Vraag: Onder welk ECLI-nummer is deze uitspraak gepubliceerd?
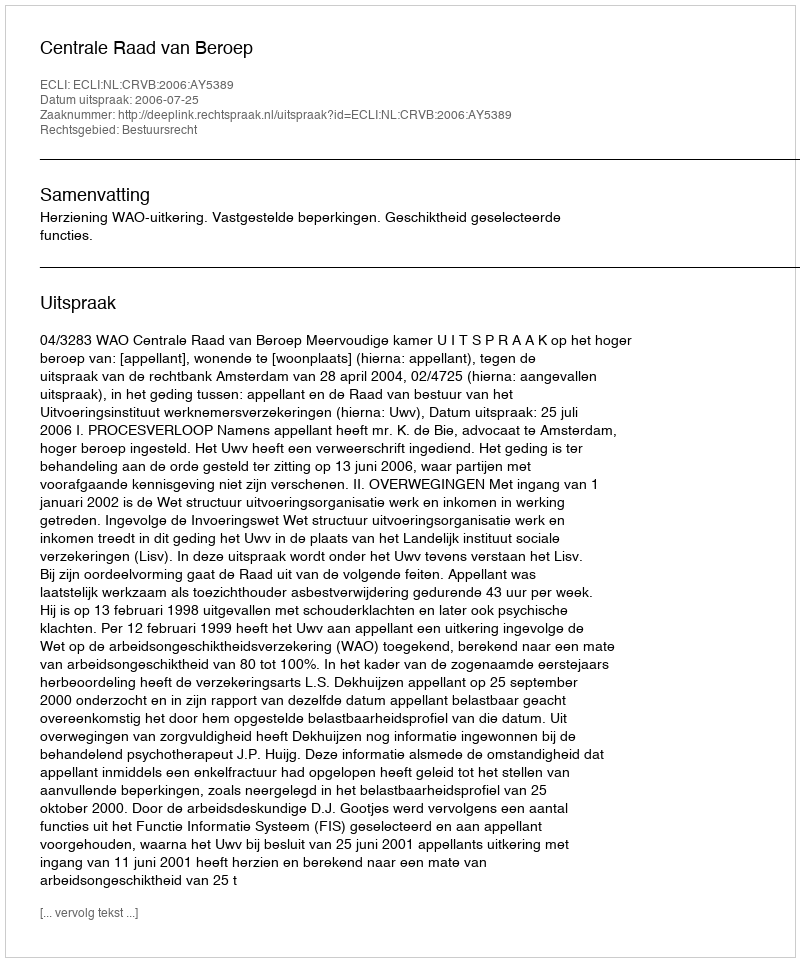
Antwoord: ECLI:NL:CRVB:2006:AY5389